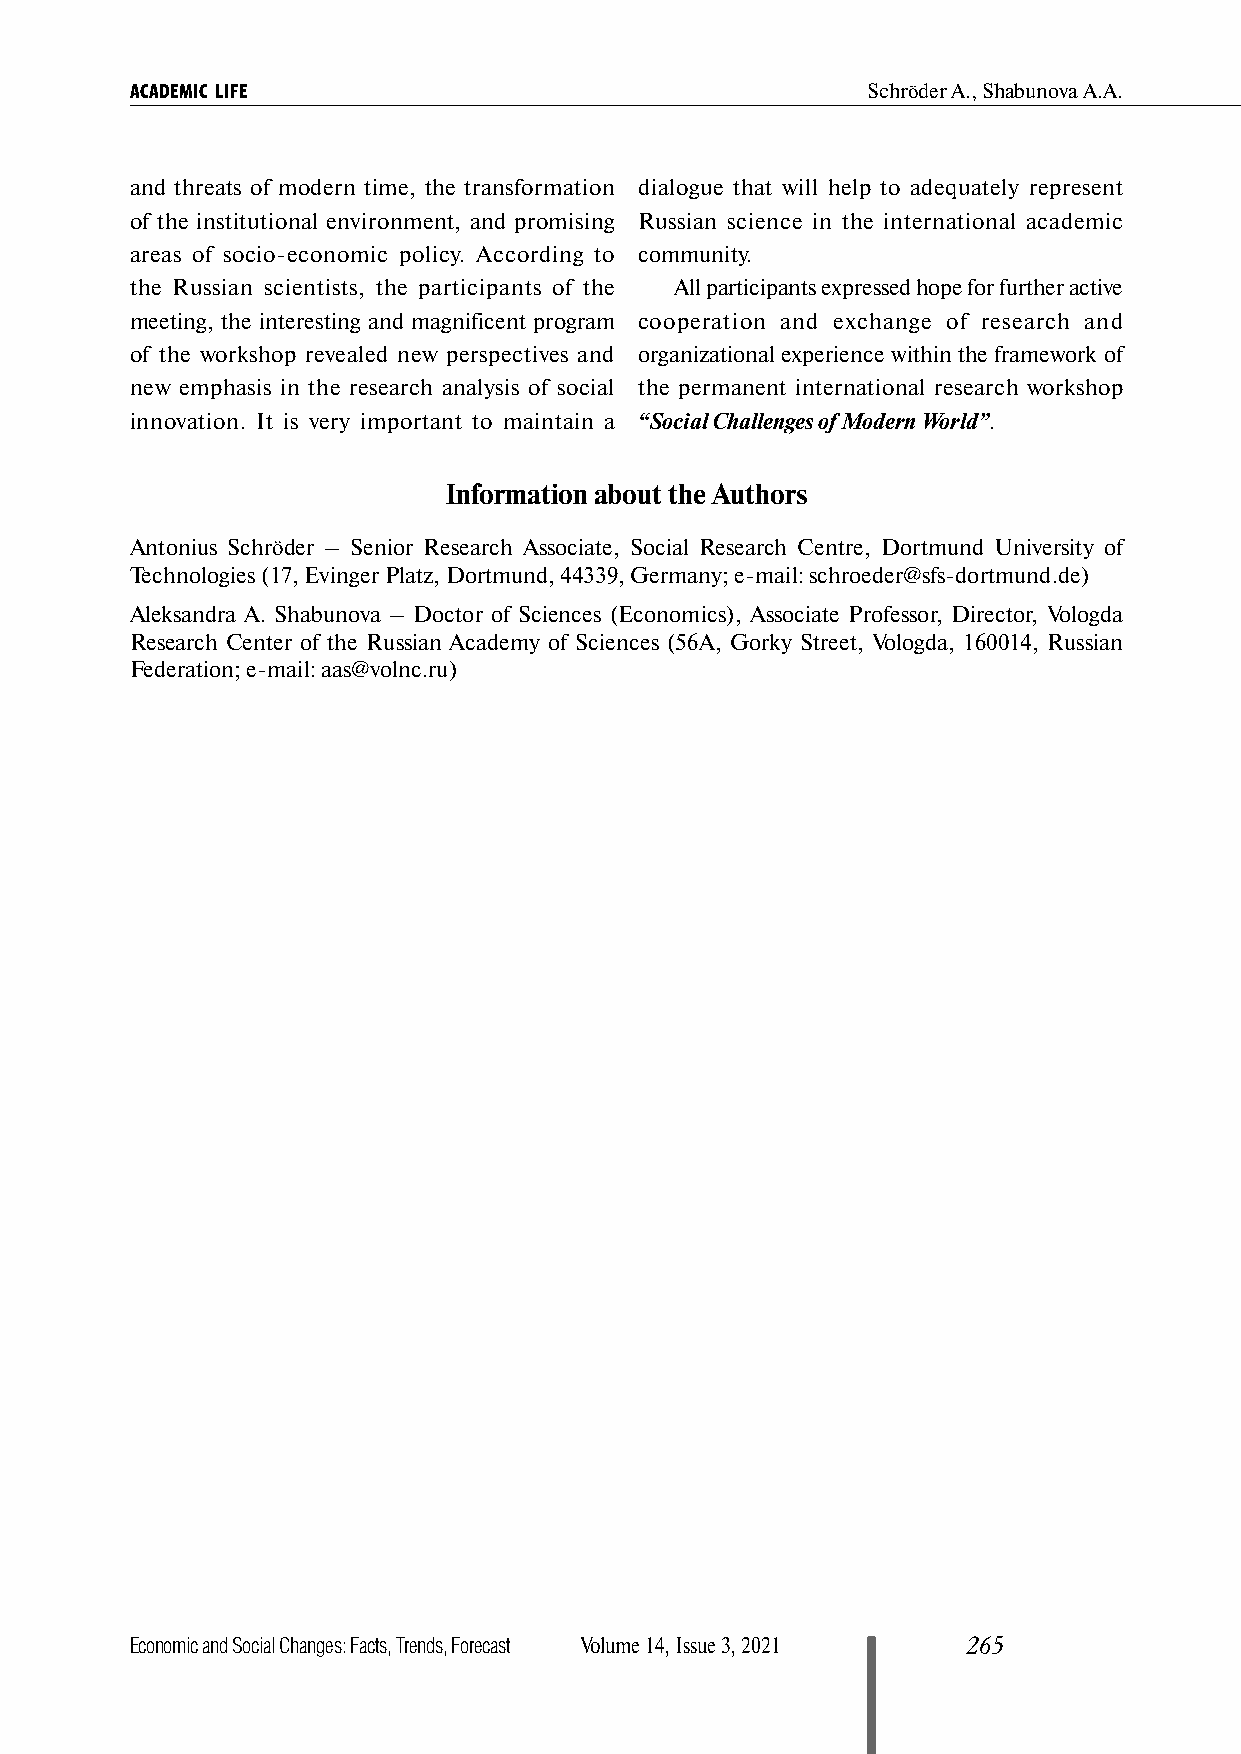
ACADEMIC LIFE                                   Schröder А., Shabunova A.А.
 and threats of modern time, the transformation dialogue that will help to adequately represent
 of the institutional environment, and promising Russian science in the international academic
 areas of socio-economic policy. According to community.
 the Russian scientists, the participants of the All participants expressed hope for further active
 meeting, the interesting and magnificent program cooperation and exchange of research and
 of the workshop revealed new perspectives and organizational experience within the framework of
 new emphasis in the research analysis of social the permanent international research workshop
 innovation. It is very important to maintain a “Social Challenges of Modern World”.
 Information about the Authors
 Antonius Schröder – Senior Research Associate, Social Research Centre, Dortmund University of
 Technologies (17, Evinger Platz, Dortmund, 44339, Germany; e-mail: schroeder@sfs-dortmund.de)
 Aleksandra A. Shabunova – Doctor of Sciences (Economics), Associate Professor, Director, Vologda
 Research Center of the Russian Academy of Sciences (56A, Gorky Street, Vologda, 160014, Russian
 Federation; e-mail: aas@volnc.ru)
 Economic and Social Changes: Facts, Trends, Forecast Volume 14, Issue 3, 2021 265